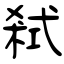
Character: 弒